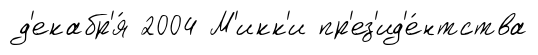
д'екабр'я́ 2004 М'икк'и пр'ез'ид'е́нтства